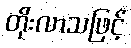
တိုးလာသဖြင့်